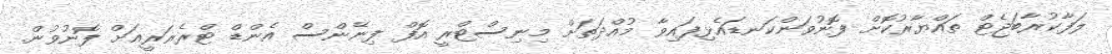
ލަފާކުރާބަޖެޓް ތައްޔާރުކޮށް ފޮނުވަންކަނޑައެޅިފައިވާ މުއްދަތަށް މިނިސްޓްރީ އޮފް ފިނޭންސް އެންޑް ޓްރެޜަރީއަށް ފޮނުވުން.